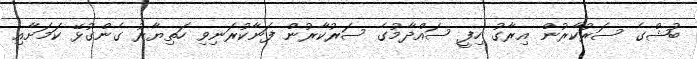
ބުޝްގެ ސަރުކާރުން އިރާގު ހިފީ ސައްދާމުގެ ސަރުކާރުން ފަނާކުރަނިވި ހަތިޔާރު ގެންގުޅޭ ކަމަށާއި